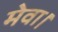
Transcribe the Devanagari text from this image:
मेवा।